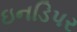
ઇનડિપર